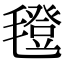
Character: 𣰆